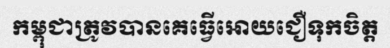
កម្ពុជាត្រូវបានគេធ្វើអោយជឿទុកចិត្ត